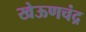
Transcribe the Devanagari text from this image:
खेऊणचंद्र